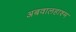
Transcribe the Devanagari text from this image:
अबवालहाश्म